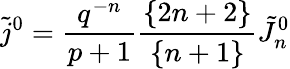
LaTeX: \tilde{j}^{0}={\frac{q^{-n}}{p+1}}{\frac{\{ 2n+2\} }{\{ n+1\} }}\tilde{J}_{n}^{0}